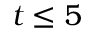
t \le 5